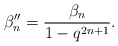
\begin{align*}\beta''_n = \frac{\beta_{n}}{1-q^{2n+1}}.\end{align*}